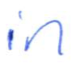
Text: in
Cross-out: clean
Writing tool: ballpoint